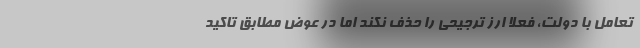
تعامل با دولت، فعلاً ارز ترجیحی را حذف نکند اما در عوض مطابق تاکید